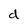
Character: d